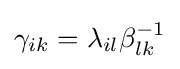
\gamma _{ik}=\lambda _{il}\beta _{lk}^{-1}